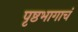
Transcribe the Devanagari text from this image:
पृष्ठभागाचं